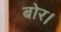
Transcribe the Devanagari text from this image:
बोर।